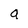
Character: a